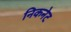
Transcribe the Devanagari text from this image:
निकनेट